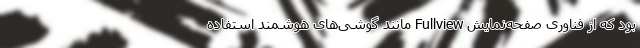
بود که از فناوری صفحه‌نمایش Fullview مانند گوشی‌های هوشمند استفاده